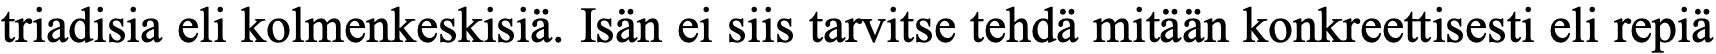
triadisia eli kolmenkeskisiä. Isän ei siis tarvitse tehdä mitään konkreettisesti eli repiä